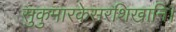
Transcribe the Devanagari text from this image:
सुकुमारकेसरशिखानि।